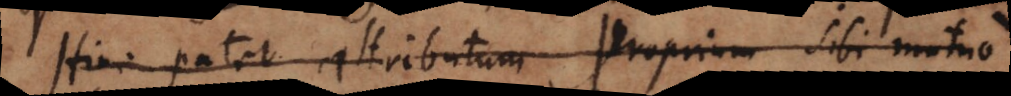
Hinc patet attributum proprium sibi mutuo